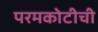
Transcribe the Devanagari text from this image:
परमकोटीची